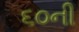
૬૦ની